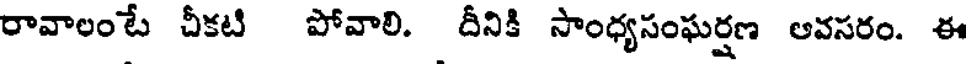
రావాలంటే చీకటి పోవాలి. దీనికి సాంధ్యసంఘర్షణ అవసరం. ఈ